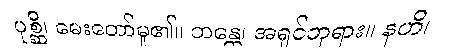
ပုစ္ဆိ၊ မေးတော်မူ၏။ ဘန္တေ၊ အရှင်ဘုရား။ နဟိ၊